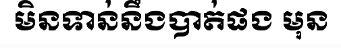
មិនទាន់នឹងបាត់ផង មុន